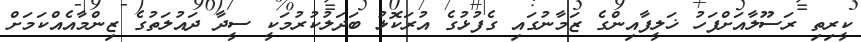
ކީރިތި ރަސޫލާއަށްފަހު ޚަލީފާއިންގެ ޒަމާނުގައި ގެފުޅުގެ އުރަކޮޅު ބަދަލުކުރުމަކީ ސީދާ ދައުލަތުގެ ޒިންމާއެއްކަމަށް